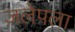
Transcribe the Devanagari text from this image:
जलेपला